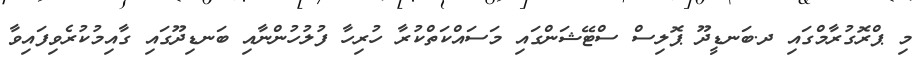
މި ޕްރޮގުރާމްގައި ދ.ބަނޑީދޫ ޕޮލިސް ސްޓޭޝަންގައި މަސައްކަތްކުރާ ހުރިހާ ފުލުހުންނާއި ބަނޑިދޫގައި ގާއިމުކުރެވިފައިވާ